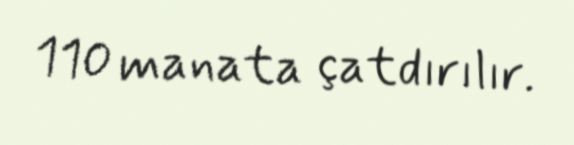
110 manata çatdırılır.